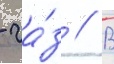
- га́з // В